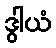
ဒွါယံ